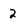
Character: 2